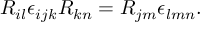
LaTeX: R _ { i l } \epsilon _ { i j k } R _ { k n } = R _ { j m } \epsilon _ { l m n } .